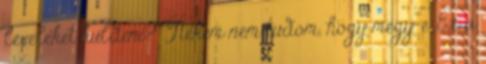
leveleket kuldeni? Nekem nem tudom, hogy megy-e. Ez a